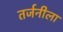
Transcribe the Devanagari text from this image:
तर्जनीला